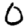
Digit: 0